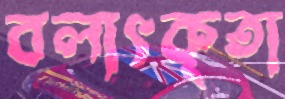
বলাৎকৃতা